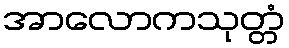
အာလောကသုတ္တံ